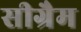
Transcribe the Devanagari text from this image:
सीग्रैम